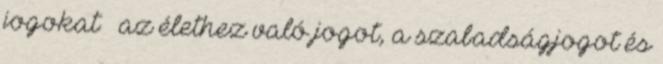
jogokat – az élethez való jogot, a szabadságjogot és